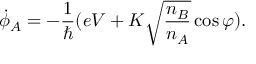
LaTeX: { \dot { \phi } } _ { A } = - { \frac { 1 } { \hbar } } ( e V + K { \sqrt { \frac { n _ { B } } { n _ { A } } } } \cos \varphi ) .